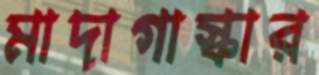
মাদাগাস্কার